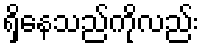
ရှိနေသည်ကိုလည်း